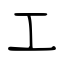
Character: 工